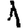
Digit: 1